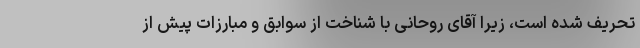
تحریف شده است، زیرا آقای روحانی با شناخت از سوابق و مبارزات پیش از